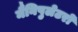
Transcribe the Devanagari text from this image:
मैनिपुलेटरों